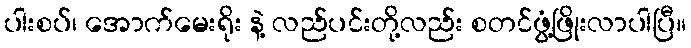
ပါးစပ်၊ အောက်မေးရိုး နဲ့ လည်ပင်းတို့လည်း စတင်ဖွံ့ဖြိုးလာပါပြီ။